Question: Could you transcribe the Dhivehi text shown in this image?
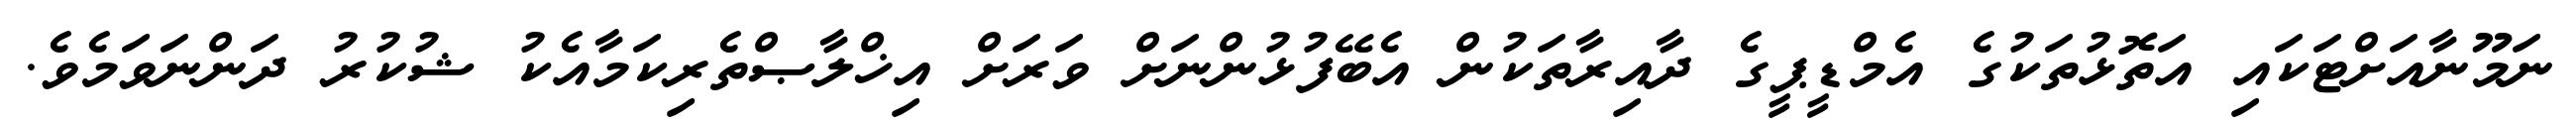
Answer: ނަމޫނާއަށްޓަކައި އަތޮޅުތަކުގެ އެމްޑީޕީގެ ދާއިރާތަކުން އެބޭފުޅުންނަށް ވަރަށް އިޚްލާޞްތެރިކަމާއެކު ޝުކުރު ދަންނަވަމެވެ.